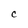
Character: C